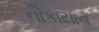
નૌકાયાન